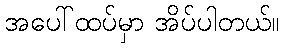
အပေါ်ထပ်မှာ အိပ်ပါတယ်။